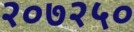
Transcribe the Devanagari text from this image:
२०७२५०